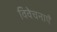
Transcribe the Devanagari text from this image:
विवेचनाएँ